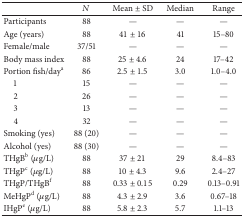
<table><thead><tr><td><b> </b></td><td><b><i>N</i></b></td><td><b>Mean ± SD</b></td><td><b>Median</b></td><td><b>Range</b></td></tr></thead><tbody><tr><td>Participants</td><td>88</td><td>—</td><td>—</td><td>—</td></tr><tr><td>Age (years)</td><td>88</td><td>41 ± 16</td><td>41</td><td>15–80</td></tr><tr><td>Female/male</td><td>37/51</td><td>—</td><td>—</td><td>—</td></tr><tr><td>Body mass index</td><td>88</td><td>25 ± 4.6</td><td>24</td><td>17–42</td></tr><tr><td>Portion fish/day<sup>a</sup></td><td>86</td><td>2.5 ± 1.5</td><td>3.0</td><td>1.0–4.0</td></tr><tr><td> 1</td><td>15</td><td>—</td><td>—</td><td>—</td></tr><tr><td> 2</td><td>26</td><td>—</td><td>—</td><td>—</td></tr><tr><td> 3</td><td>13</td><td>—</td><td>—</td><td>—</td></tr><tr><td> 4</td><td>32</td><td>—</td><td>—</td><td>—</td></tr><tr><td>Smoking (yes)</td><td>88 (20)</td><td>—</td><td>—</td><td>—</td></tr><tr><td>Alcohol (yes)</td><td>88 (30)</td><td>—</td><td>—</td><td>—</td></tr><tr><td>THgB<sup>b</sup> (μg/L)</td><td>88</td><td>37 ± 21</td><td>29</td><td>8.4–83</td></tr><tr><td>THgP<sup>c</sup> (μg/L)</td><td>88</td><td>10 ± 4.3</td><td>9.6</td><td>2.4–27</td></tr><tr><td>THgP/THgB<sup>f</sup></td><td>88</td><td>0.33 ± 0.15</td><td>0.29</td><td>0.13–0.91</td></tr><tr><td>MeHgP<sup>d</sup> (μg/L)</td><td>88</td><td>4.3 ± 2.9</td><td>3.6</td><td>0.67–18</td></tr><tr><td>IHgP<sup>e</sup> (μg/L)</td><td>88</td><td>5.8 ± 2.3</td><td>5.7</td><td>1.1–13</td></tr></tbody></table>